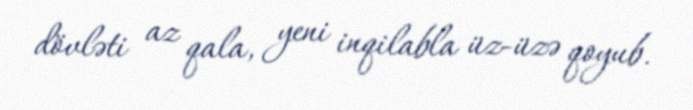
dövləti az qala, yeni inqilabla üz-üzə qoyub.